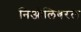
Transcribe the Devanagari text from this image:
निओलिबरल